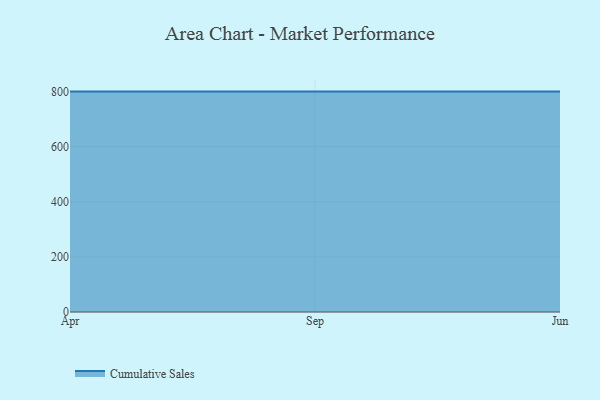
{"axis": {"x": "Month", "y": "Active Users"}, "legend": ["Cumulative Sales"], "data": [{"x": "Apr", "y": 800, "type": "Cumulative Sales"}, {"x": "Sep", "y": 800, "type": "Cumulative Sales"}, {"x": "Jun", "y": 800, "type": "Cumulative Sales"}]}